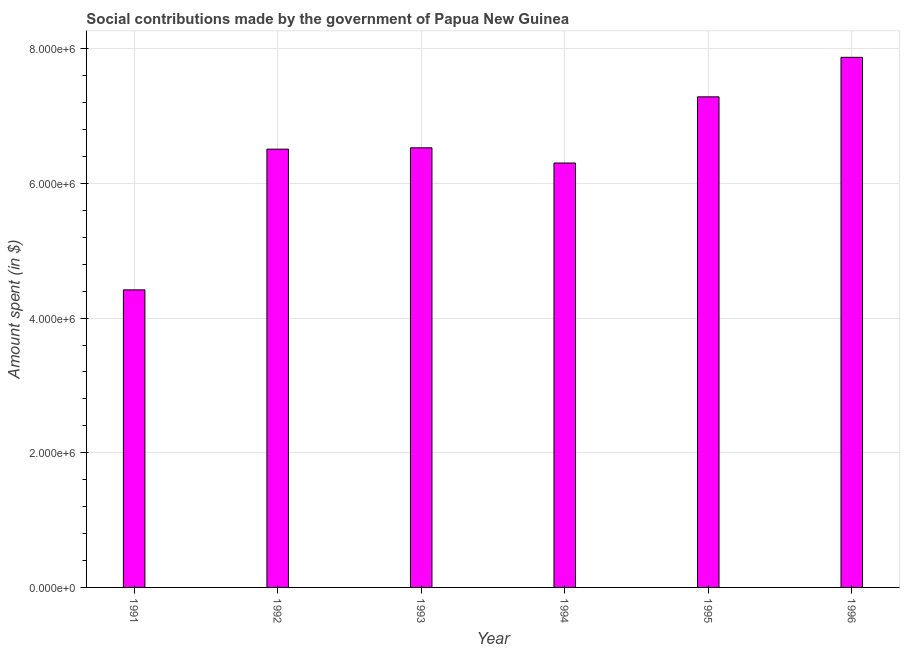
| Year | Social contributions |
 | --- | --- |
 | 1991 | 4.42e+06 |
 | 1992 | 6.51e+06 |
 | 1993 | 6.53e+06 |
 | 1994 | 6.3e+06 |
 | 1995 | 7.29e+06 |
 | 1996 | 7.87e+06 |